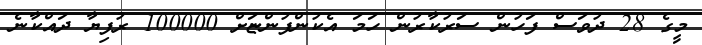
މީގެ 28 ދުވަސް ފަހުން ސަރުކާރުން ހަމަ އެކުންފުންޏަށް 100000 ރުފިޔާ ދައްކާނެ